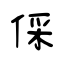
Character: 倸